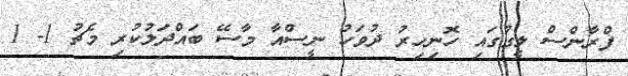
ފްރާންސް ލީގުގައި ހޮނިހިރު ދުވަހު ނީސްއާ މާސޭ ބައްދަލުކުރި މެޗު 1- 1